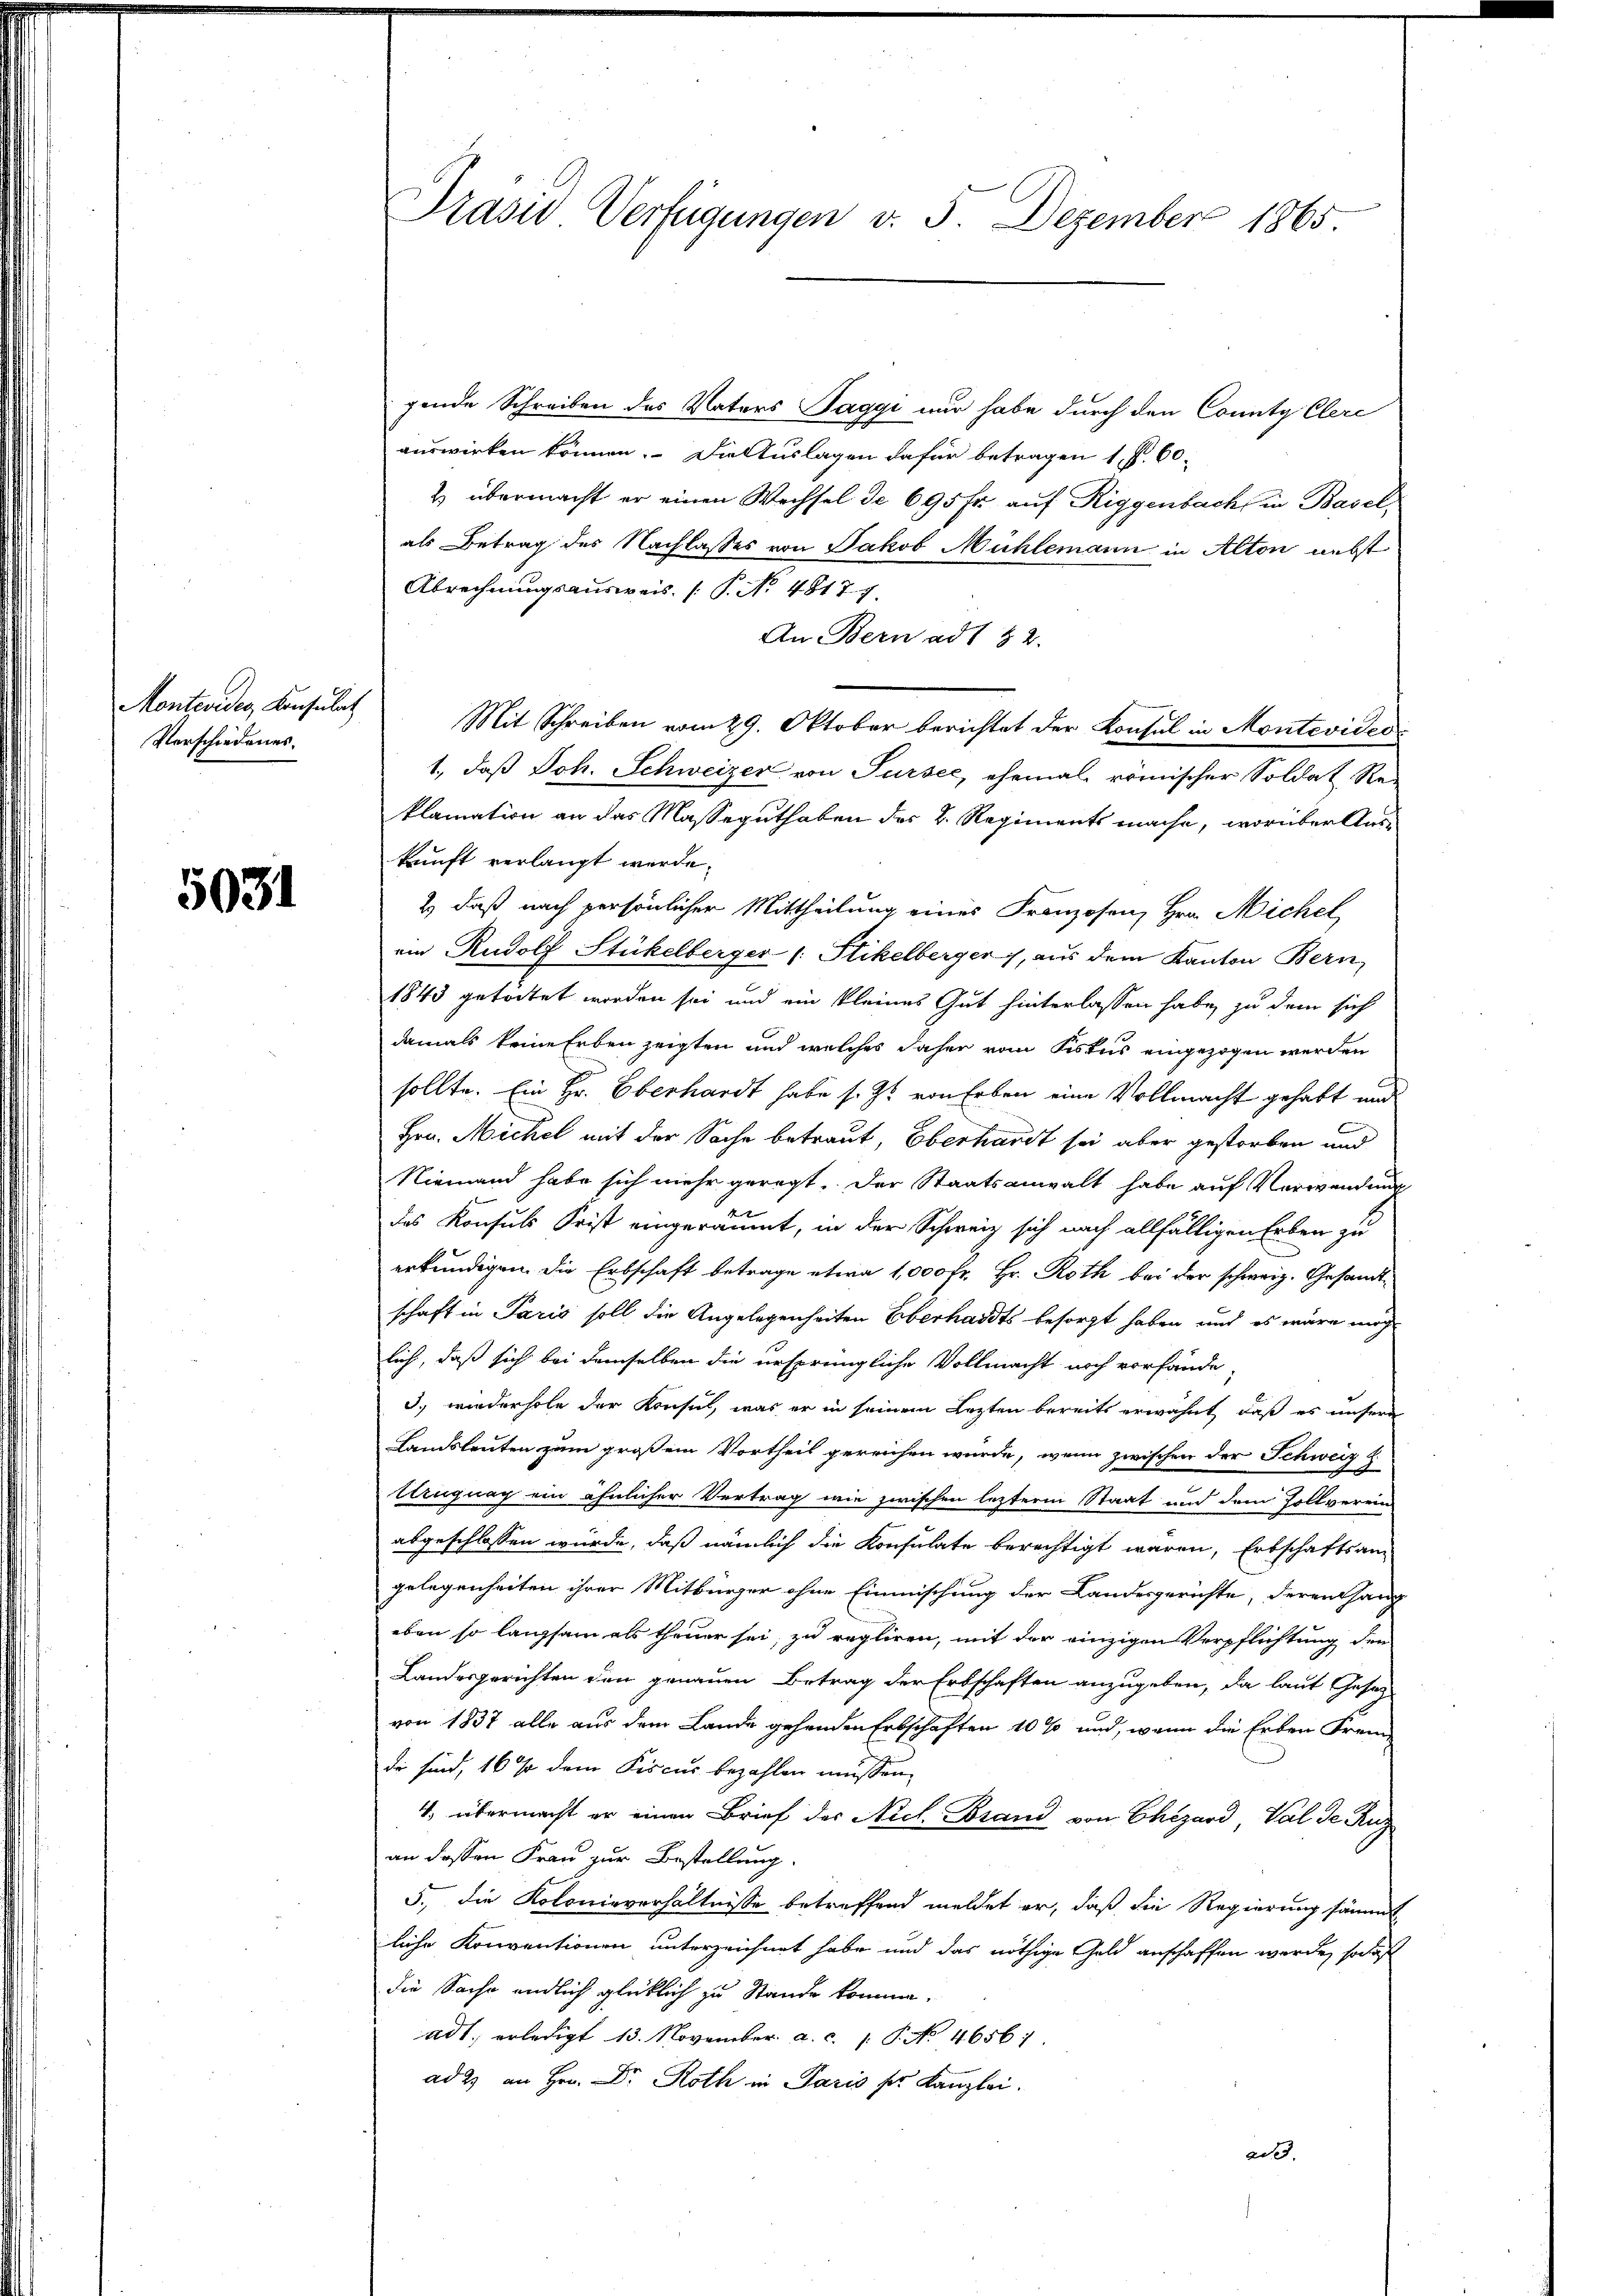
Montevides Konsulat
Verschiedenes.

5031

Präsid Verfügungen v. 5. Dezember 1865

gende Schreiben des Vaters Paggi nur habe durch den County Clere
auswirken können. Die Auslagen dafür betragen 1. P. 60.
& übermacht er einen Wechsel de 695 fr. auf Riggenbach in Baselals Betrag des Nachlasses von Jakob Mühlemann in Alton nebst
Abrechnungsausweis (P. No. 4817.7.
An Bern ad 1 82.
Mit Schreiben vom 29. Oktober berichtet der Konsul in Montevideo
1., daß Joh. Schweizer von Sursee, ehemal römischer Soldat Re-
klamation an das Masseguthaben des 2. Regiments mache, worüber Auskunft verlangt werde.
2) daß nach persönlicher Mittheilung eines Franzosen, Hrn. Michel
ein Rudolf Stückelberger (: Stikelberger, aus dem Kanton Bern,
1843 getödtet worden sei und ein kleines Gut hinterlassen habe, zu dem sich
damals keine Erben zeigten und welches daher vom Fiskus eingezogen werden
sollte. Ein Hr. Oberhardt habe s. Z. von Erben eine Vollmacht gehabt und
Hrn. Michel mit der Sache betraut, Eberhardt sei aber gestorben und
Niemand habe sich mehr geregt. Der Staatsanwalt habe auf Verwendung
das Konsuls Frist eingeräumt, in der Schweiz sich nach allfälligen Erben zu
erkundigen. Die Erbschaft betrage etwa 1,000 Fr. Hr. Roth bei der schweiz. Gesandtschaft in Paris soll die Angelegenheiten Oberhardts besorgt haben und es wäre mög
lich, daß sich bei demselben die ursprüngliche Vollmacht noch vorfande-
3. wiederhole der Konsul, was er in seinem Lezten bereits erwähnt, daß es unsere
Landsleuten zum großem Vortheil gereichen würde, wenn zwischen der Schweiz z
Ungnag ein ähnlicher Vertrag wie zwischen lezterm Staat und dem Zollverein
abgeschlossen würde, daß nämlich die Konsulate berechtigt waren, Erbschaftsan
gelegenheiten ihrer Mitbürger ohne Einmischung der Landesgerichte, deren Haup
eben so langsam als theuer sei, zu regliren, mit der einzigen Verpflichtung den
Landesgerichten den genauen Betrag der Erbschaften anzugeben, da laut Gesetz
von 1837 alle aus dem Lande gehenden Erbschaften 10 % und, wenn die Erben Frem
de sind, 16 % dem Fiscus bezahlen müssen.
4. übermacht er einen Brief des Nicl. Brand von Chizard, Val de Ruz
an dessen Frau zur Bestellung.
5., die Kolonieverhältnisse betreffend meldet er, daß die Regierung sämmt
liche Konventionen unterzeichnet habe und das nöthige Geld anschaffen werde, sowas
die Sache endlich glücklich zu Stande komme.
ad 1. erledigt 13. November a. c. P. No 4656:
ad 2) an Hrn. Dr. Roth in Paris ser Kanzlei.
ad 3.